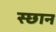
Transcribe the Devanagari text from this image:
स्छान